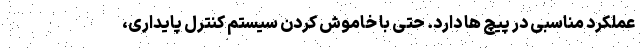
عملکرد مناسبی در پیچ ها دارد. حتی با خاموش کردن سیستم کنترل پایداری،